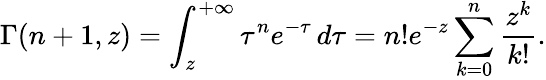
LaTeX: \Gamma(n+1,z)=\int_{z}^{+\infty}\tau^{n}e^{-\tau}\, d\tau=n!e^{-z}\sum_{k=0}^{n}\frac{z^{k}}{k!}.